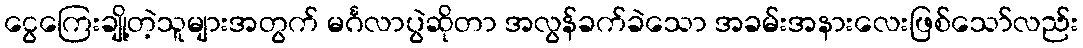
ငွေကြေးချို့တဲ့သူများအတွက် မင်္ဂလာပွဲဆိုတာ အလွန်ခက်ခဲသော အခမ်းအနားလေးဖြစ်သော်လည်း